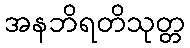
အနဘိရတိသုတ္တ